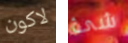
لاكون شئ